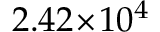
2 . 4 2 \! \times \! 1 0 ^ { 4 }